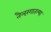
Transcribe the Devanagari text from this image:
तैलरंगातल्या